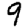
Digit: 9